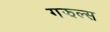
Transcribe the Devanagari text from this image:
गझल्स